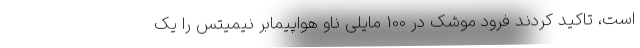
است، تاکید کردند فرود موشک در 100 مایلی ناو هواپیمابر نیمیتس را یک